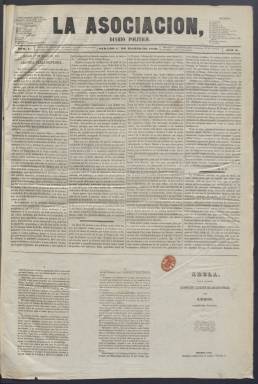
Título: La Asociación (Madrid. 1856)
Colección: Periódicos
Ámbito geográfico: Madrid
Lugar de publicación: Madrid
Fechas: 01/03/1856-01/11/1856